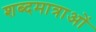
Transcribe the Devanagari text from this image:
शब्दमात्राओं